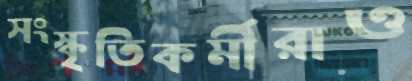
সংস্কৃতিকর্মীরাও